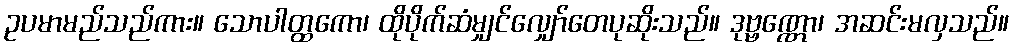
ဥပမာမည်သည်ကား။ သောပါတ္ထကော၊ ထိုပိုက်ဆံမျှင်လျှော်တေပုဆိုးသည်။ ဒုဗ္ဗဏ္ဏော၊ အဆင်းမလှသည်။